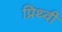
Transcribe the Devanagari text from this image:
प्रिथ्वी